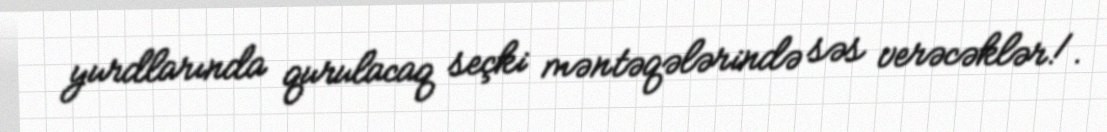
yurdlarında qurulacaq seçki məntəqələrində səs verəcəklər!.